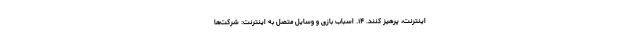
اینترنت، پرهیز کنند. ۱۴. اسباب بازی و وسایل متصل به اینترنت: شرکت‌ها